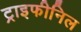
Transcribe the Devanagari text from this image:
ट्राइफीनिल